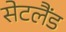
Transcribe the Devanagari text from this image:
सेटलैंड